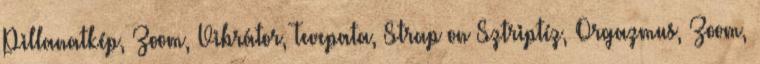
Pillanatkép, Zoom, Vibrátor, Tevepata, Strap on Sztriptíz, Orgazmus, Zoom,